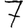
Digit: 7